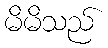
မိမိသည်